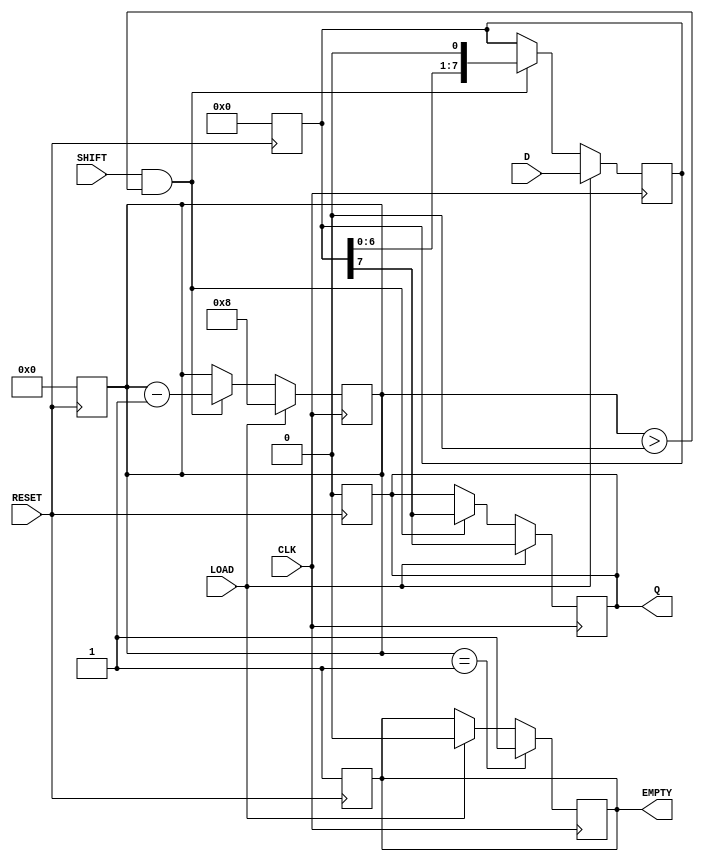
module PISO_Register #(
    parameter WIDTH = 8  // Parameter to set the width of the register
)(
    input wire [WIDTH-1:0] D,   // Parallel data input
    input wire LOAD,             // Load control signal
    input wire SHIFT,            // Shift control signal
    input wire CLK,              // Clock signal
    input wire RESET,            // Asynchronous reset signal
    output reg Q,                // Serial output
    output reg EMPTY             // Empty indicator
);

    // Internal register to hold the data
    reg [WIDTH-1:0] shift_reg;   // Shift register
    reg [3:0] count;             // Counter for the number of bits shifted out

    // Asynchronous reset
    always @(posedge RESET) begin
        shift_reg <= 0;          // Clear the shift register
        Q <= 0;                  // Clear the serial output
        EMPTY <= 1;              // Set EMPTY to high
        count <= 0;              // Reset the counter
    end

    // Synchronous operations
    always @(posedge CLK) begin
        if (LOAD) begin
            shift_reg <= D;       // Load parallel data into the shift register
            Q <= shift_reg[WIDTH-1]; // Output the MSB
            EMPTY <= 0;           // Set EMPTY to low as data is loaded
            count <= WIDTH;       // Set count to WIDTH
        end else if (SHIFT && count > 0) begin
            Q <= shift_reg[WIDTH-1]; // Output the current MSB
            shift_reg <= {shift_reg[WIDTH-2:0], 1'b0}; // Shift left
            count <= count - 1;   // Decrement the count
        end

        // Update EMPTY signal
        if (count == 1) begin
            EMPTY <= 1;           // Set EMPTY high when no more data is left
        end
    end

endmodule